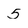
Character: 5